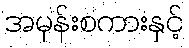
အမုန်းစကားနှင့်